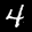
Label: 4